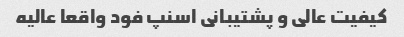
کیفیت عالی و پشتیبانی اسنپ فود واقعا عالیه